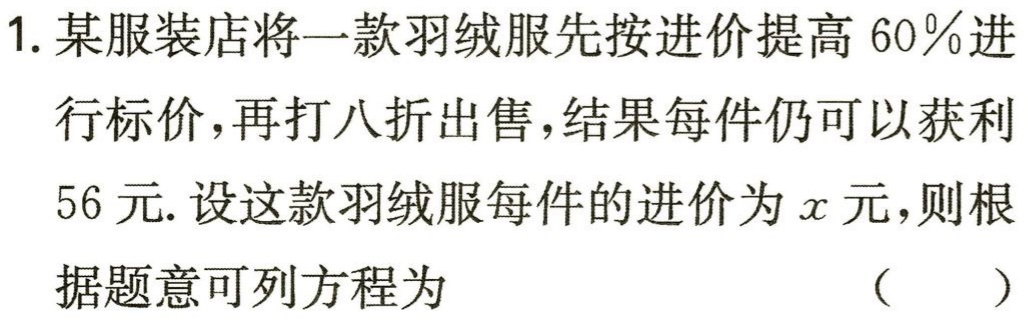
1. 某服装店将一款羽绒服先按进价提高$60\%$进行标价，再打八折出售，结果每件仍可以获利$56$元. 设这款羽绒服每件的进价为$x$元，则根据题意可列方程为 （  ）